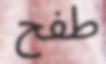
طفح